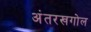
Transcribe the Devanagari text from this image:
अंतरखगोल